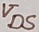
Text: VDS